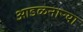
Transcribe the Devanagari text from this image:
आडळनाऱ्या